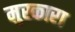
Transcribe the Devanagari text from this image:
मुस्कारा